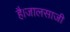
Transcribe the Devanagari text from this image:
है।जालसाजी